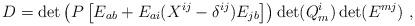
LaTeX: \begin{align*}D=\det \left(P\left[E_{ab}+E_{ai}(X^{ij}-\delta^{ij})E_{jb}\right]\right)\det(Q^{i}_m)\det(E^{mj}) \ ,\end{align*}